Vaccination in Burma 1920-1933 - 1920-1933
Year: 1920
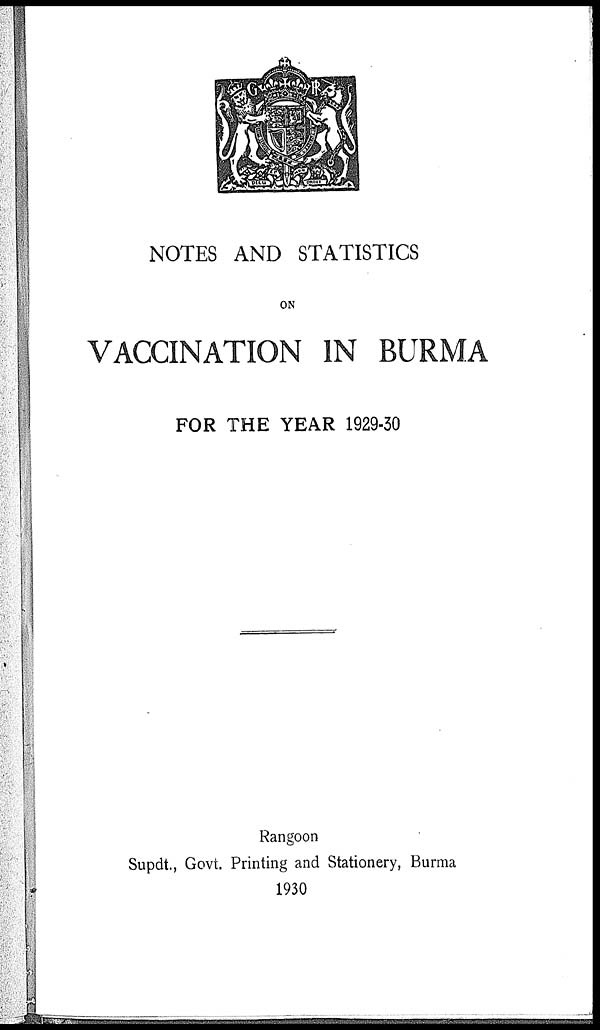
NOTES AND STATISTICS
ON
VACCINATION IN BURMA
FOR THE YEAR 1929-30
Rangoon
Supdt., Govt. Printing and Stationery, Burma
1930